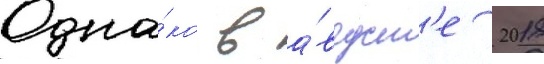
Одна́ко в а́вгуст'е 2018